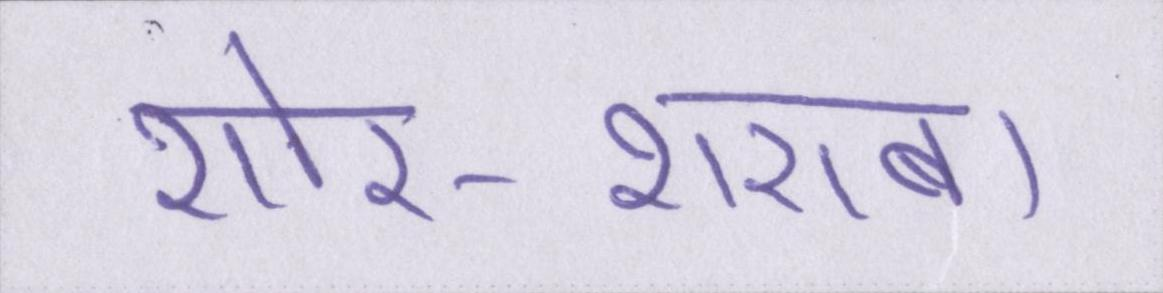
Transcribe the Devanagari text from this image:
शोर-शराबा